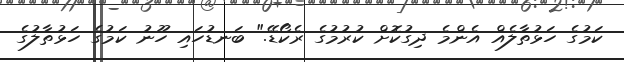
ކަމުގެ ހަޅުތާލެއް އެންމެ ދިގުކޮށް ކުރުމުގެ ރެކޯޑޭ." ބަނޑުހައި ހޫނު ކަމުގެ ހަޅުތާލުގެ